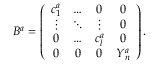
B ^ { a } = \left( \begin{array} { c c c c } { { c _ { 1 } ^ { a } } } & { { \ldots } } & { { 0 } } & { { 0 } } \\ { { \vdots } } & { { \ddots } } & { { \vdots } } & { { 0 } } \\ { { 0 } } & { { \ldots } } & { { c _ { l } ^ { a } } } & { { 0 } } \\ { { 0 } } & { { 0 } } & { { 0 } } & { { Y _ { n } ^ { a } } } \end{array} \right) .